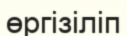
өргізіліп